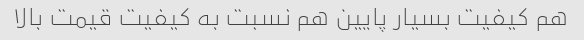
هم کیفیت بسیار پایین هم نسبت به کیفیت قیمت بالا